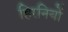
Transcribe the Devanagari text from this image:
हिरनियों